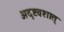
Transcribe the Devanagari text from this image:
अदृष्टवशात्‌